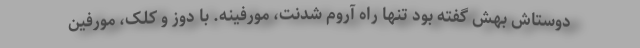
دوستاش بهش گفته بود تنها راه آروم شدنت، مورفینه. با دوز و کلک، مورفین